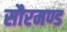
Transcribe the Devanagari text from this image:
सौरमण्ड